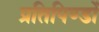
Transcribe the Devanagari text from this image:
प्रतिपिण्डों